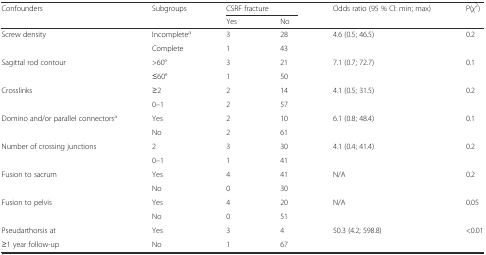
| Confounders | Subgroups | <COLSPAN=2> CSRF fracture | Odds ratio (95 % Cl: min; max) | P(χ2) |
 |  |  | Yes | No |  |  |
 | --- | --- | --- | --- | --- | --- |
 | <ROWSPAN=2> Screw density | Incompletea | 3 | 28 | 4.6 (0.5; 46.5) | 0.2 |
 | Complete | 1 | 43 |  |  |
 | <ROWSPAN=2> Sagittal rod contour | >60° | 3 | 21 | 7.1 (0.7; 72.7) | 0.1 |
 | ≤60° | 1 | 50 |  |  |
 | <ROWSPAN=2> Crosslinks | ≥2 | 2 | 14 | 4.1 (0.5; 31.5) | 0.2 |
 | 0–1 | 2 | 57 |  |  |
 | <ROWSPAN=2> Domino and/or parallel connectorsa | Yes | 2 | 10 | 6.1 (0.8; 48.4) | 0.1 |
 | No | 2 | 61 |  |  |
 | <ROWSPAN=2> Number of crossing junctions | 2 | 3 | 30 | 4.1 (0.4; 41.4) | 0.2 |
 | 0–1 | 1 | 41 |  |  |
 | <ROWSPAN=2> Fusion to sacrum | Yes | 4 | 41 | N/A | 0.2 |
 | No | 0 | 30 |  |  |
 | <ROWSPAN=2> Fusion to pelvis | Yes | 4 | 20 | N/A | 0.05 |
 | No | 0 | 51 |  |  |
 | Pseudarthorsis at | Yes | 3 | 4 | 50.3 (4.2; 598.8) | <0.01 |
 | ≥1 year follow-up | No | 1 | 67 |  |  |